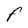
Character: F